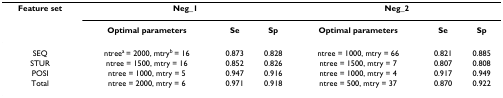
<table><thead><tr><td><b>Feature set</b></td><td colspan="3"><b>Neg_1</b></td><td colspan="3"><b>Neg_2</b></td></tr><tr><td></td><td><b>Optimal parameters</b></td><td><b>Se</b></td><td><b>Sp</b></td><td><b>Optimal parameters</b></td><td><b>Se</b></td><td><b>Sp</b></td></tr></thead><tbody><tr><td>SEQ</td><td>ntree<sup>a </sup>= 2000, mtry<sup>b </sup>= 16</td><td>0.873</td><td>0.828</td><td>ntree = 1000, mtry = 66</td><td>0.821</td><td>0.885</td></tr><tr><td>STUR</td><td>ntree = 1500, mtry = 16</td><td>0.852</td><td>0.826</td><td>ntree = 1500, mtry = 7</td><td>0.807</td><td>0.808</td></tr><tr><td>POSI</td><td>ntree = 1000, mtry = 5</td><td>0.947</td><td>0.916</td><td>ntree = 1000, mtry = 4</td><td>0.917</td><td>0.949</td></tr><tr><td>Total</td><td>ntree = 2000, mtry = 6</td><td>0.971</td><td>0.918</td><td>ntree = 500, mtry = 37</td><td>0.870</td><td>0.922</td></tr></tbody></table>